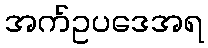
အက်ဥပဒေအရ